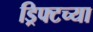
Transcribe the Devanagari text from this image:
ड्रिफ्टच्या